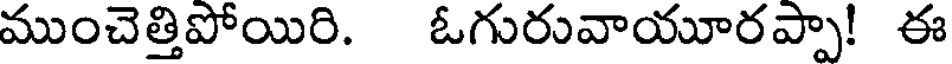
ముంచెత్తిపోయిరి. ఓగురువాయూరప్పా! ఈ